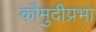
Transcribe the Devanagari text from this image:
कौमुदीप्रभा